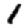
Digit: 1